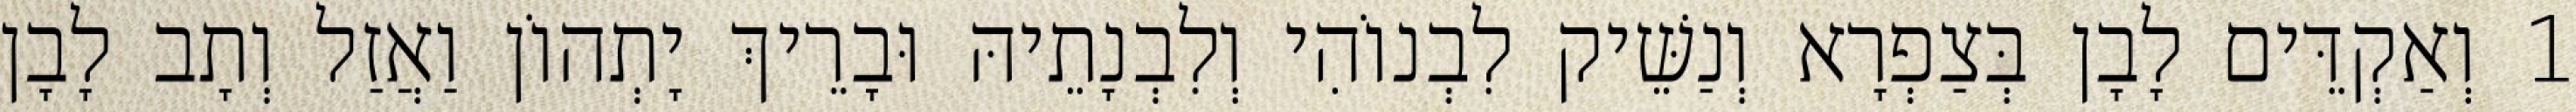
1 וְאַקְדֵּים לָבָן בְּצַפְרָא וְנַשֵּׁיק לִבְנוֹהִי וְלִבְנָתֵיהּ וּבָרֵיךְ יָתְהוֹן וַאֲזַל וְתָב לָבָן